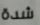
شدة